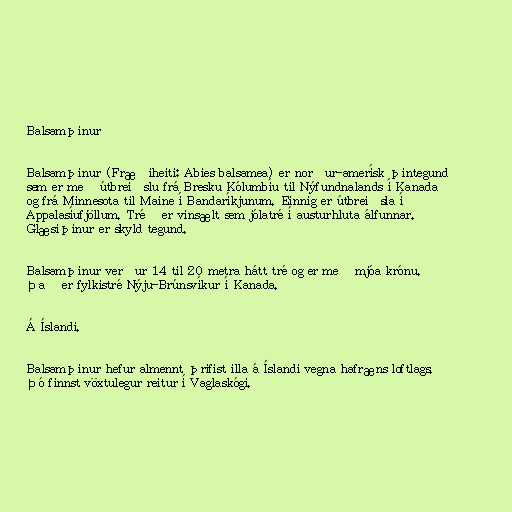
Balsamþinur

Balsamþinur (Fræðiheiti: Abies balsamea) er norður-amerísk þintegund
sem er með útbreiðslu frá Bresku Kólumbíu til Nýfundnalands í Kanada
og frá Minnesota til Maine í Bandaríkjunum. Einnig er útbreiðsla í
Appalasíufjöllum. Tréð er vinsælt sem jólatré í austurhluta álfunnar.
Glæsiþinur er skyld tegund.

Balsamþinur verður 14 til 20 metra hátt tré og er með mjóa krónu.
Það er fylkistré Nýju-Brúnsvíkur í Kanada.

Á Íslandi.

Balsamþinur hefur almennt þrifist illa á Íslandi vegna hafræns loftlags.
Þó finnst vöxtulegur reitur í Vaglaskógi.